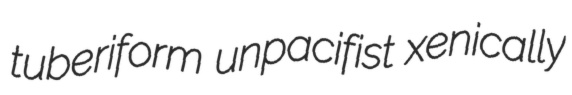
tuberiform unpacifist xenically